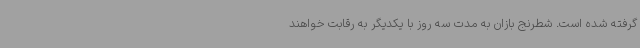
گرفته شده است. شطرنج بازان به مدت سه روز با یکدیگر به رقابت خواهند